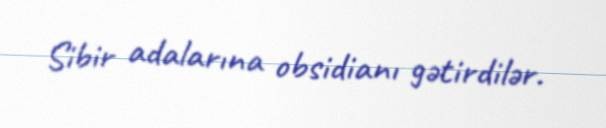
Sibir adalarına obsidianı gətirdilər.